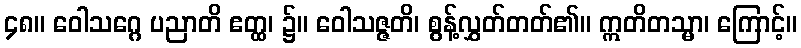
၄၈။ ဝေါသဂ္ဂေ ပညာတိ ဧတ္ထ၊ ၌။ ဝေါသဇ္ဇတိ၊ စွန့်လွှတ်တတ်၏။ ဣတိတသ္မာ၊ ကြောင့်။